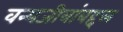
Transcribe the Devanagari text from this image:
वन्यजीवांबद्दल